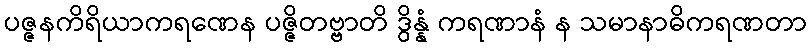
ပဇ္ဇနကိရိယာကရဏေန ပဇ္ဇိတဗ္ဗာတိ ဒွိန္နံ ကရဏာနံ န သမာနာဓိကရဏတာ